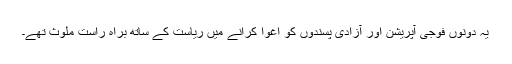
یہ دونوں فوجی آپریشن اور آزادی پسندوں کو اغوا کرانے میں ریاست کے ساتھ براہ راست ملوث تھے۔